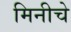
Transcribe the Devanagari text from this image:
मिनीचे